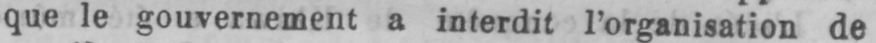
que le gouvernement a interdit l’organisation de